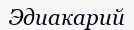
Эдиакарий